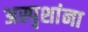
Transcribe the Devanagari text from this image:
अस्पृशांना